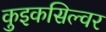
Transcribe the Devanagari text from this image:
कुइकसिल्वर